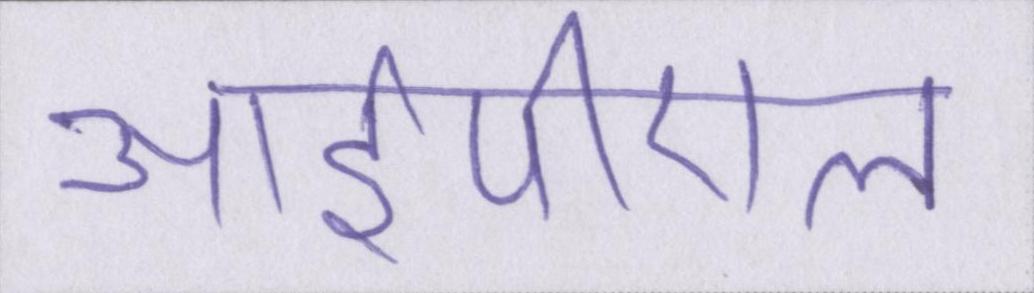
आईपीएल